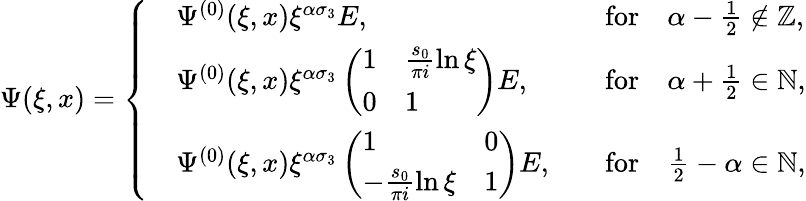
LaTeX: \Psi(\xi,x)=\left\{ \begin{array}{rlrl}&{\Psi^{(0)}(\xi,x)\xi^{\alpha\sigma_{3}}E,}&&{\mathrm{for}\quad\alpha-\frac{1}{2}\notin\mathbb{Z},}\\ &{\Psi^{(0)}(\xi,x)\xi^{\alpha\sigma_{3}}\left(\begin{array}{ll}{1}&{\frac{s_{0}}{\pi i}\ln\xi}\\ {0}&{1}\end{array}\right)E,}&&{\mathrm{for}\quad\alpha+\frac{1}{2}\in\mathbb{N},}\\ &{\Psi^{(0)}(\xi,x)\xi^{\alpha\sigma_{3}}\left(\begin{array}{ll}{1}&{0}\\ {-\frac{s_{0}}{\pi i}\ln\xi}&{1}\end{array}\right)E,}&&{\mathrm{for}\quad\frac{1}{2}-\alpha\in\mathbb{N},}\end{array}\right.